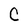
Character: C